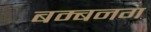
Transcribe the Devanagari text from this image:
बम्बनग